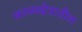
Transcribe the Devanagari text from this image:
काव्यक्षेत्रातील